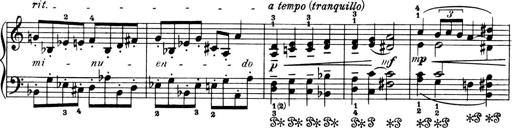
Title: 4 Sonatines
Composer: Max Reger